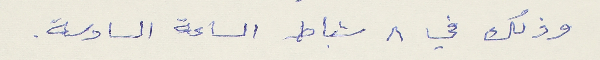
وذلك في ٨ شباط الساعة السادسة.